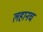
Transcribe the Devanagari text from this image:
लहानच